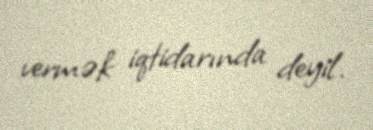
vermək iqtidarında deyil.